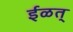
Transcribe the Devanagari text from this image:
ईळत्